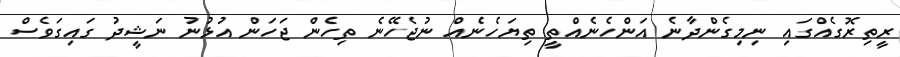
ރީތިރޮގެއްގައި ނިމިގެންދާނެ އަންހެނެއްތީ ތިޔަހެނެއް ނުޖެހޭނެ ތިހެން ޖަހަން އުޅުނު ނަޝީދު ގައިގަވެސް